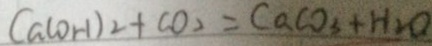
C a ( O H ) _ { 2 } + C O _ { 2 } = C a C O _ { 3 } + H _ { 2 } O